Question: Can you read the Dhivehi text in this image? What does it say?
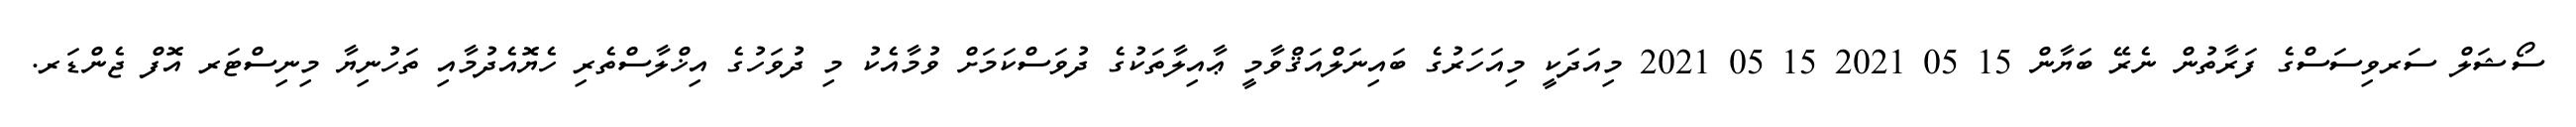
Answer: ސޯޝަލް ސަރވިސަސްގެ ފަރާތުން ނެރޭ ބަޔާން 15 05 2021 15 05 2021 މިއަދަކީ މިއަހަރުގެ ބައިނަލްއަޤްވާމީ ޢާއިލާތަކުގެ ދުވަސްކަމަށް ވުމާއެކު މި ދުވަހުގެ އިޚްލާސްތެރި ހެޔޮއެދުމާއި ތަހުނިޔާ މިނިސްޓަރ އޮފް ޖެންޑަރ.